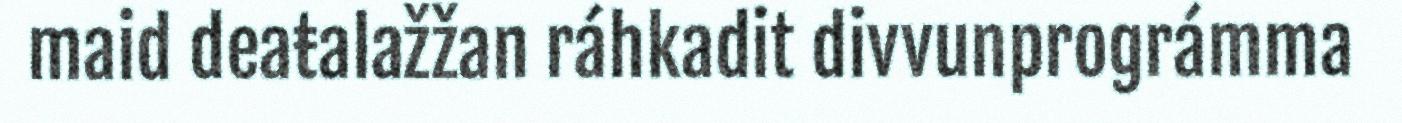
maid deaŧalažžan ráhkadit divvunprográmma